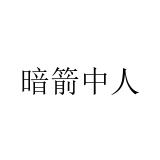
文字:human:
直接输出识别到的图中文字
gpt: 暗箭中人